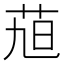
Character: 𮎴